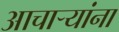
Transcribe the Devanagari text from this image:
आचार्‍यांना